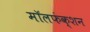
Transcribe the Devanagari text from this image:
मॉलफंक्शन